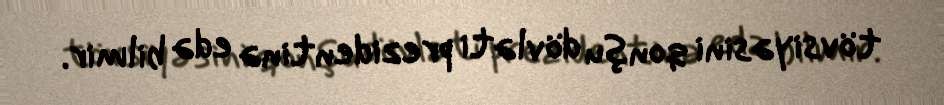
tövsiyəsini qonşu dövləti prezidentinə edə bilmir.